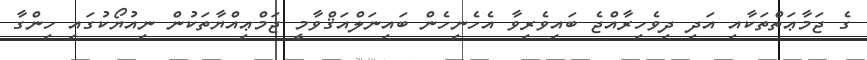
ގެ ޖަމާޢަތްތަކާއި އަދި ދިވެހިރާއްޖެ ބައިވެރިވާ އެހެނިހެން ބައިނަލްއަޤްވާމީ ޖަމްޢިއްޔާތަކުން ނިއުޔޯކުގައި ހިންގާ